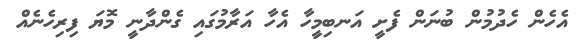
އެހެން ހެދުމުން ބުނަން ފެށީ އަނބިމީހާ އެހާ އަރާމުގައި ގެންދާނީ މޮޔަ ފިރިހެނެއް